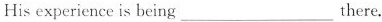
His experience is being ___ there.